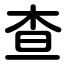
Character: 查